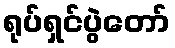
ရုပ်ရှင်ပွဲတော်